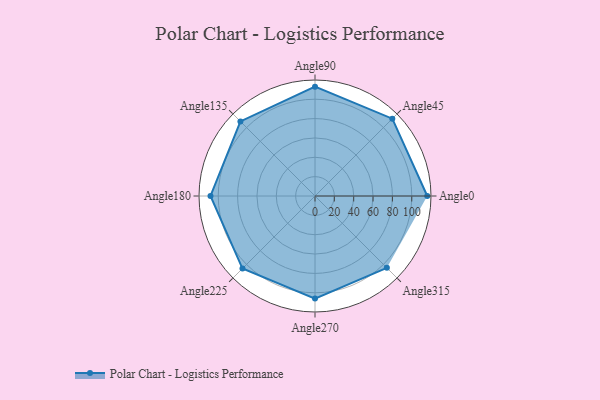
{"axis": {"x": "Angle", "y": "Radius"}, "legend": [""], "data": [{"x": "Angle0", "y": 116.0, "type": ""}, {"x": "Angle45", "y": 113.0, "type": ""}, {"x": "Angle90", "y": 113.0, "type": ""}, {"x": "Angle135", "y": 109.0, "type": ""}, {"x": "Angle180", "y": 108.0, "type": ""}, {"x": "Angle225", "y": 106.0, "type": ""}, {"x": "Angle270", "y": 106.0, "type": ""}, {"x": "Angle315", "y": 105.0, "type": ""}]}